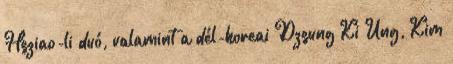
Hsziao-li duó, valamint a dél-koreai Dzsung Ki Ung, Kim